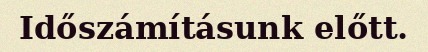
Időszámításunk előtt.